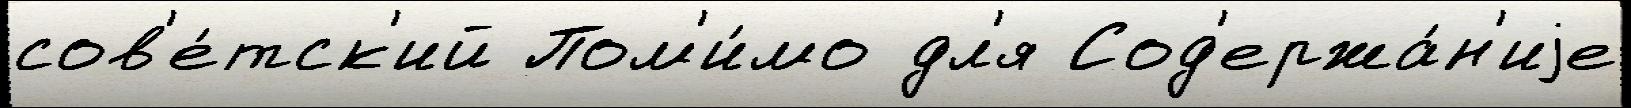
сов'е́тск'ий Пом'и́мо дл'я Сод'ержа́н'иjе